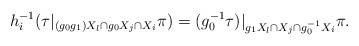
LaTeX: \begin{align*}h_i^{-1}(\tau|_{(g_0g_1)X_l\cap g_0X_j\cap X_i}\pi)=(g_0^{-1}\tau)|_{g_1X_l\cap X_j\cap g_0^{-1}X_i}\pi.\end{align*}